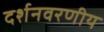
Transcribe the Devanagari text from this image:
दर्शनवरणीय